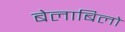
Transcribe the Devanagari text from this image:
बेलाबिलो